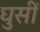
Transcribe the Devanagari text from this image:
घुसीं